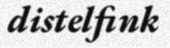
distelfink